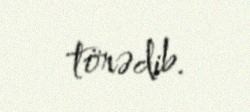
törədib.